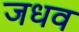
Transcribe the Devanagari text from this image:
जधव